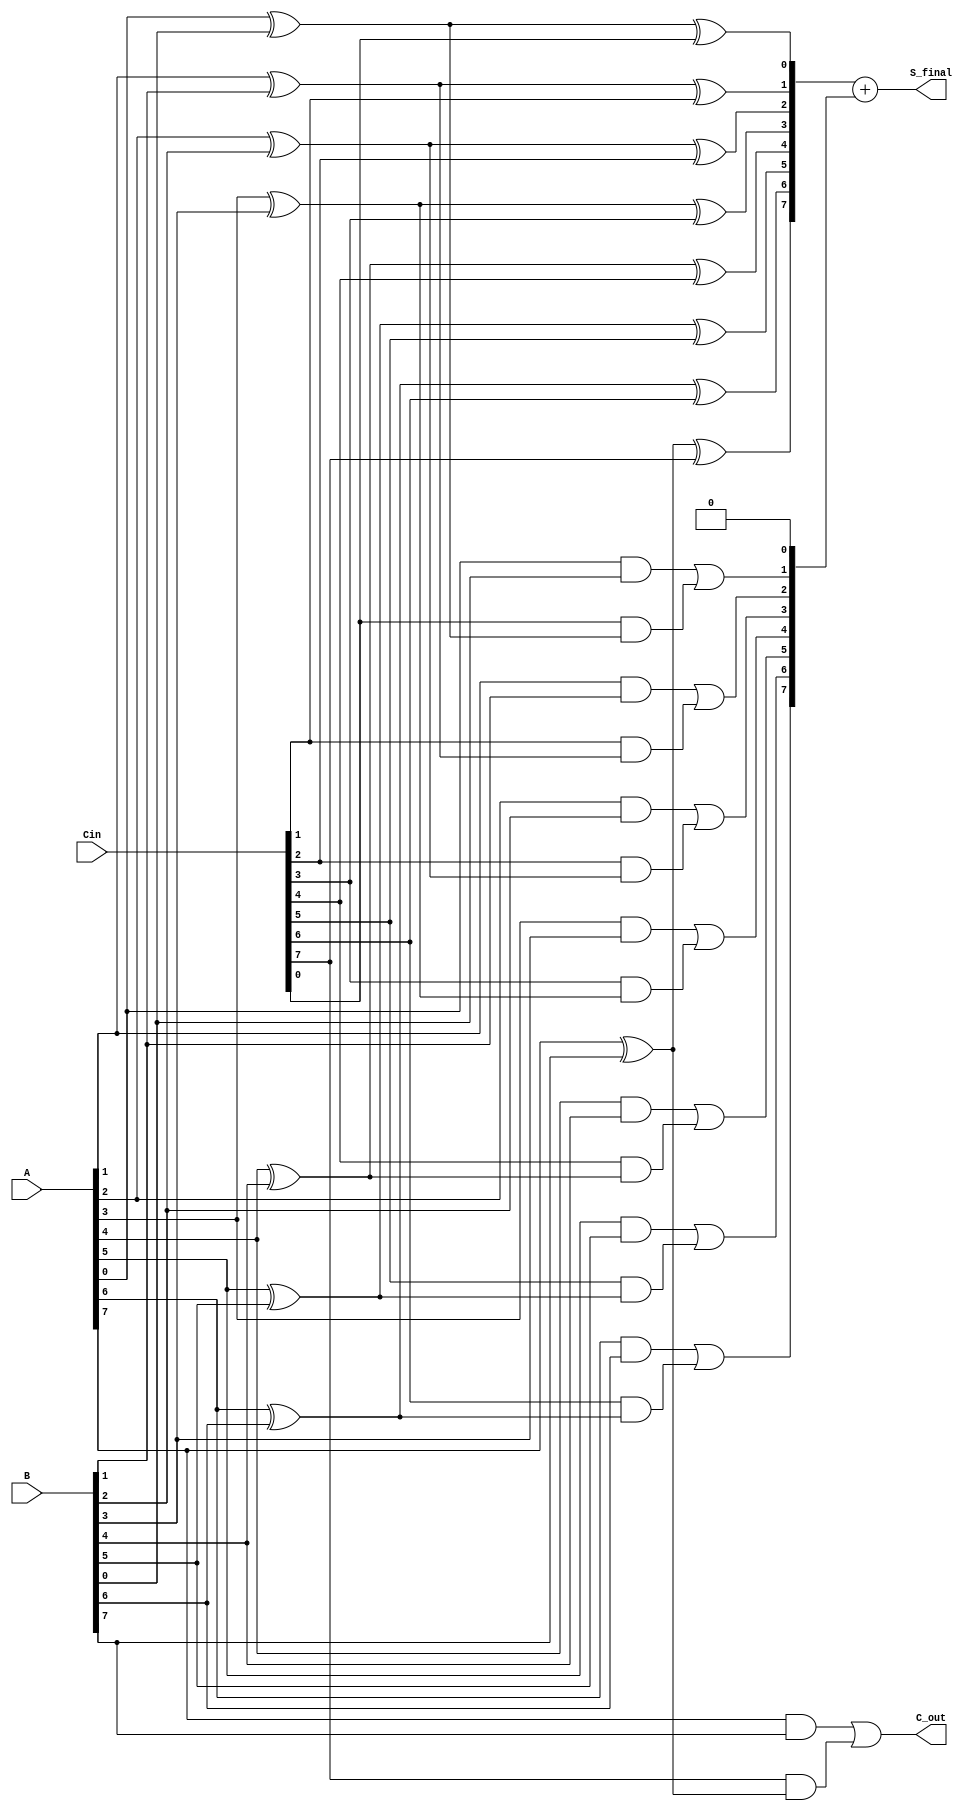
module carry_save_adder #(
    parameter N = 8 // Bit-width of inputs
)(
    input  [N-1:0] A,    // Input A
    input  [N-1:0] B,    // Input B
    input  [N-1:0] Cin,   // Carry-in
    output [N-1:0] S_final, // Final Sum Output
    output C_out          // Final Carry-out
);

    wire [N-1:0] sum;   // Partial Sum
    wire [N:0] carry;   // Carry bits, carry[N] is for the final carry-out

    // Generate Partial Sum and Carry
    genvar i;
    generate
        for (i = 0; i < N; i = i + 1) begin: CSA
            // Partial Sum
            assign sum[i] = A[i] ^ B[i] ^ Cin[i];
            
            // Carry Calculation
            assign carry[i+1] = (A[i] & B[i]) | (Cin[i] & (A[i] ^ B[i]));
        end
    endgenerate

    // Final Carry-out (carry[N] is the overflow)
    assign carry[0] = 1'b0; // Initial carry is zero
    assign C_out = carry[N];
    
    // Final Sum Calculation using the last carry
    assign S_final = sum + carry[N-1:0]; // Final Sum considering the last carry

endmodule